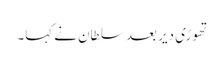
تھوڑی دیر بعد سلطان نے کہا۔